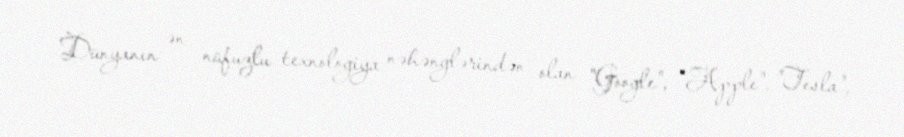
Dünyanın ən nüfuzlu texnologiya nəhənglərindən olan "Google", "Apple", "Tesla",